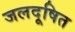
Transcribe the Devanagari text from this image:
जलदूषित